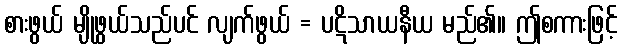
စားဖွယ် မျိုဖွယ်သည်ပင် လျက်ဖွယ် = ပဋိသာယနီယ မည်၏။ ဤစကားဖြင့်